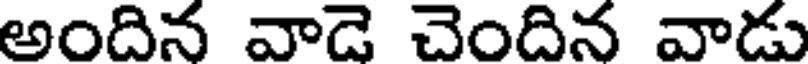
అందిన వాడె చెందిన వాడు